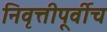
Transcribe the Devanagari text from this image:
निवृत्तीपूर्वीच